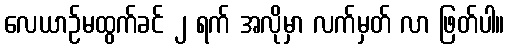
လေယာဉ်မထွက်ခင် ၂ ရက် အလိုမှာ လက်မှတ် လာ ဖြတ်ပါ။